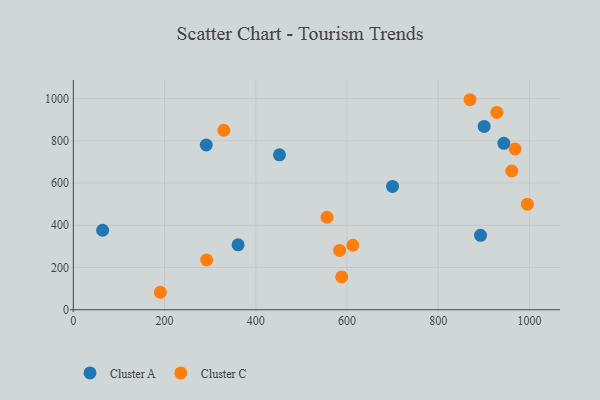
{"axis": {"x": "Price", "y": "Rating"}, "legend": ["Cluster A", "Cluster C"], "data": [{"x": "699.8", "y": 584.0, "type": "Cluster A"}, {"x": "900.7", "y": 868.1, "type": "Cluster A"}, {"x": "64.3", "y": 376.3, "type": "Cluster A"}, {"x": "452.0", "y": 733.4, "type": "Cluster A"}, {"x": "943.9", "y": 787.9, "type": "Cluster A"}, {"x": "892.8", "y": 352.2, "type": "Cluster A"}, {"x": "361.3", "y": 307.5, "type": "Cluster A"}, {"x": "291.5", "y": 780.2, "type": "Cluster A"}, {"x": "995.5", "y": 500.1, "type": "Cluster C"}, {"x": "613.0", "y": 305.5, "type": "Cluster C"}, {"x": "190.9", "y": 82.7, "type": "Cluster C"}, {"x": "330.0", "y": 849.9, "type": "Cluster C"}, {"x": "292.4", "y": 235.6, "type": "Cluster C"}, {"x": "968.5", "y": 761.1, "type": "Cluster C"}, {"x": "556.2", "y": 437.9, "type": "Cluster C"}, {"x": "869.8", "y": 994.5, "type": "Cluster C"}, {"x": "583.8", "y": 280.7, "type": "Cluster C"}, {"x": "588.4", "y": 155.5, "type": "Cluster C"}, {"x": "961.3", "y": 657.0, "type": "Cluster C"}, {"x": "928.6", "y": 934.2, "type": "Cluster C"}]}